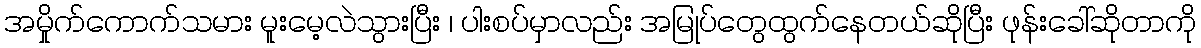
အမှိုက်ကောက်သမား မူးမေ့လဲသွားပြီး ၊ ပါးစပ်မှာလည်း အမြုပ်တွေထွက်နေတယ်ဆိုပြီး ဖုန်းခေါ်ဆိုတာကို